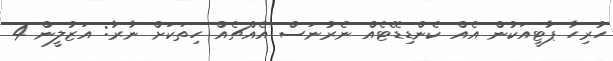
ހުރިހާ ޕާޓީއަކުން އެއް ކެންޑިޑޭޓެއް ނެރުނަސް އެއްޗެއް ހިތަކަށް ނާރާ: އަޒުލީން 4